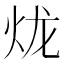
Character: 𤇭